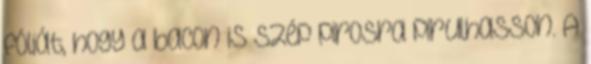
fóliát, hogy a bacon is szép pirosra pirulhasson. A